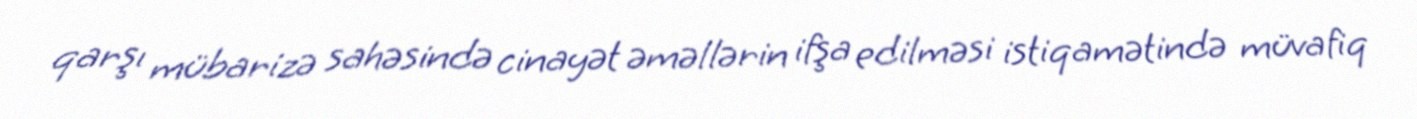
qarşı mübarizə sahəsində cinayət əməllərin ifşa edilməsi istiqamətində müvafiq